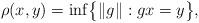
LaTeX: \begin{gather*} \rho(x,y) = \inf \bigl\{ \|g\| : gx = y \bigr\}, \end{gather*}